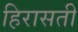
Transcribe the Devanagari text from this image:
हिरासती